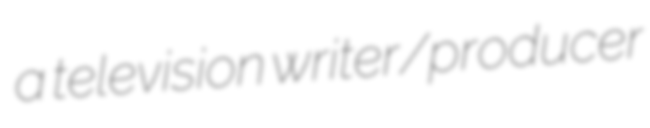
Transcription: a television writer/producer